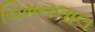
ચિમનલાલ